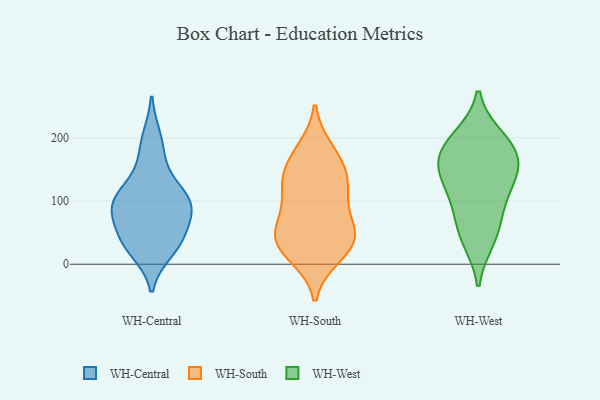
{"axis": {"x": "Demand Index", "y": "Value"}, "legend": ["WH-Central", "WH-South", "WH-West"], "data": [{"x": "", "y": 102, "type": "WH-Central"}, {"x": "", "y": 22, "type": "WH-Central"}, {"x": "", "y": 32, "type": "WH-Central"}, {"x": "", "y": 105, "type": "WH-Central"}, {"x": "", "y": 116, "type": "WH-Central"}, {"x": "", "y": 165, "type": "WH-Central"}, {"x": "", "y": 45, "type": "WH-Central"}, {"x": "", "y": 200, "type": "WH-Central"}, {"x": "", "y": 83, "type": "WH-Central"}, {"x": "", "y": 40, "type": "WH-Central"}, {"x": "", "y": 90, "type": "WH-Central"}, {"x": "", "y": 87, "type": "WH-Central"}, {"x": "", "y": 144, "type": "WH-South"}, {"x": "", "y": 174, "type": "WH-South"}, {"x": "", "y": 45, "type": "WH-South"}, {"x": "", "y": 102, "type": "WH-South"}, {"x": "", "y": 142, "type": "WH-South"}, {"x": "", "y": 181, "type": "WH-South"}, {"x": "", "y": 50, "type": "WH-South"}, {"x": "", "y": 50, "type": "WH-South"}, {"x": "", "y": 83, "type": "WH-South"}, {"x": "", "y": 13, "type": "WH-South"}, {"x": "", "y": 17, "type": "WH-South"}, {"x": "", "y": 132, "type": "WH-South"}, {"x": "", "y": 41, "type": "WH-South"}, {"x": "", "y": 118, "type": "WH-South"}, {"x": "", "y": 36, "type": "WH-South"}, {"x": "", "y": 199, "type": "WH-West"}, {"x": "", "y": 147, "type": "WH-West"}, {"x": "", "y": 151, "type": "WH-West"}, {"x": "", "y": 93, "type": "WH-West"}, {"x": "", "y": 187, "type": "WH-West"}, {"x": "", "y": 183, "type": "WH-West"}, {"x": "", "y": 40, "type": "WH-West"}, {"x": "", "y": 151, "type": "WH-West"}, {"x": "", "y": 112, "type": "WH-West"}, {"x": "", "y": 53, "type": "WH-West"}]}